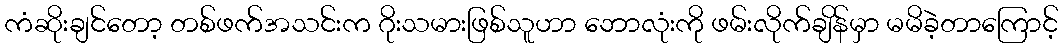
ကံဆိုးချင်တော့ တစ်ဖက်အသင်းက ဂိုးသမားဖြစ်သူဟာ ဘောလုံးကို ဖမ်းလိုက်ချိန်မှာ မမိခဲ့တာကြောင့်